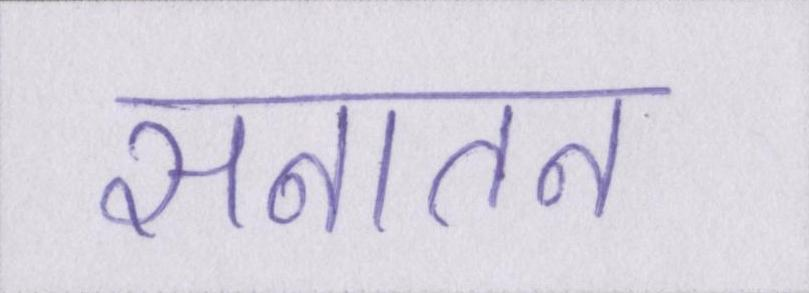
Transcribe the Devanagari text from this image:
सनातन